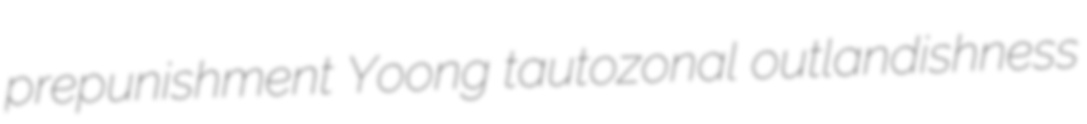
prepunishment Yoong tautozonal outlandishness